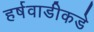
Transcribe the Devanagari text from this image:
हर्षवाडीकडे